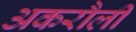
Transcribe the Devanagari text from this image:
अकरौली